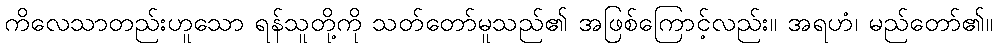
ကိလေသာတည်းဟူသော ရန်သူတို့ကို သတ်တော်မူသည်၏ အဖြစ်ကြောင့်လည်း။ အရဟံ၊ မည်တော်၏။